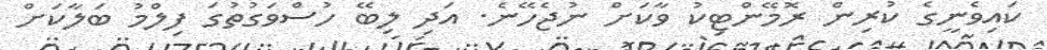
ކައިވެނީގެ ކުރިން ރޮމޭންޓިކު ވާކަށް ނުޖެހޭނެ. އަދި ލިބޭ ހުސްވަގުތުގަ ފިލްމު ބަލާކަށް